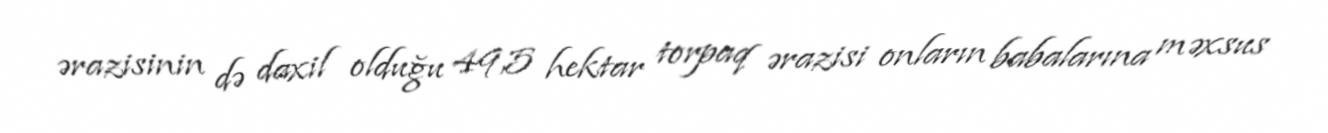
ərazisinin də daxil olduğu 49,5 hektar torpaq ərazisi onların babalarına məxsus